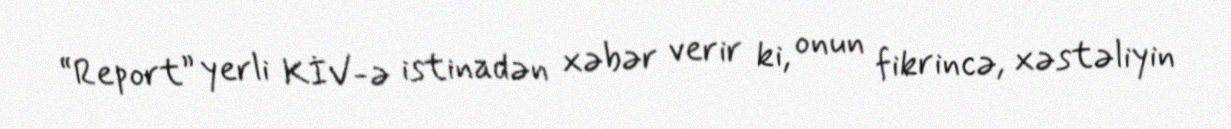
“Report” yerli KİV-ə istinadən xəbər verir ki, onun fikrincə, xəstəliyin